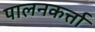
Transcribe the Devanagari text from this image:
पालनकर्त्ता